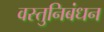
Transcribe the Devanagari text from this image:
वस्तुनिबंधन